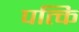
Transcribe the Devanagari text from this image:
पत्कि